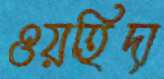
ওয়হিদা